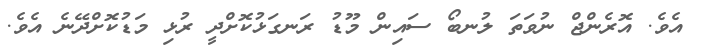
އެވެ. އޮރެންޖް ނުވަތަ ލުނބޯ ސައިން މޫޑު ރަނގަޅުކޮށްދީ ރުޅި މަޑުކޮށްދޭނެ އެވެ.